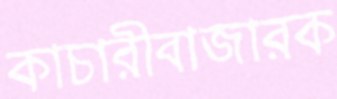
কাচারীবাজারক